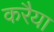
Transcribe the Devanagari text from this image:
करैया